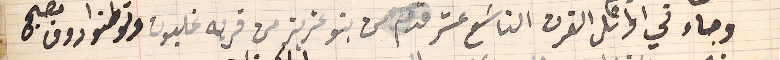
وجاء في اوائل القرن التاسَع عشر قدم من بنو عزيز من قربه غلبون وتوطنوا دوق مصبح